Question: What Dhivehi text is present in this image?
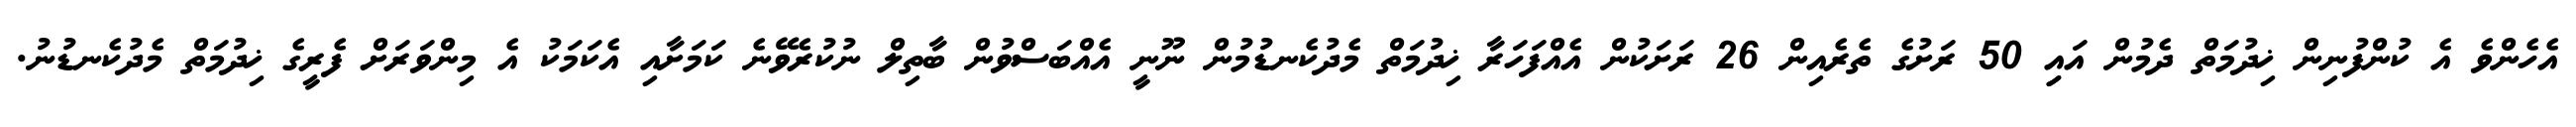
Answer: އެހެންވެ އެ ކުންފުނިން ޚިދުމަތް ދެމުން އައިި 50 ރަށުގެ ތެރެއިން 26 ރަށަކުން އެއްފަހަރާ ޚިދުމަތް މެދުކެނޑުމުން ނޫނީ އެއްބަސްވުން ބާތިލް ނުކުރެވޭނެ ކަމަށާއި އެކަމަކު އެ މިންވަރަށް ފެރީގެ ޚިދުމަތް މެދުކެނޑުނު.